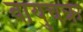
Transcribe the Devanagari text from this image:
वायुचक्र